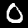
Digit: 0